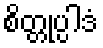
စိတ္တုပ္ပါဒံ